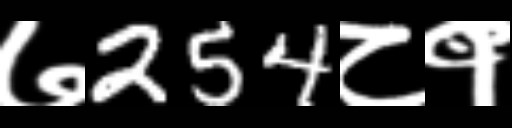
Text: ७254८१